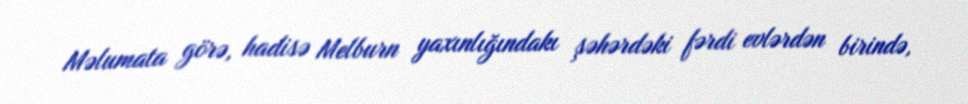
Məlumata görə, hadisə Melburn yaxınlığındakı şəhərdəki fərdi evlərdən birində,